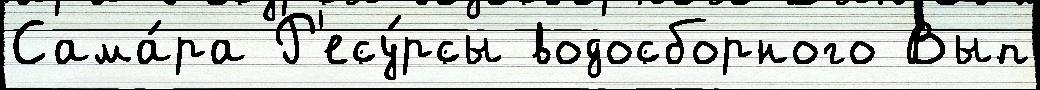
Сама́ра Р'есу́рсы водосборного Вып